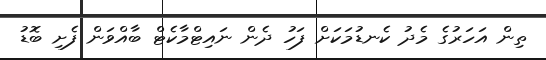
ތިން އަހަރުގެ މެދު ކެނޑުމަކަށް ފަހު ދެން ނައިޓްމާކެޓް ބާއްވަން ފެށި ބޮޑު